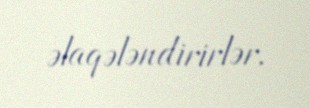
əlaqələndirirlər.